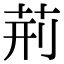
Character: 荊